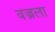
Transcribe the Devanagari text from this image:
वज्रला